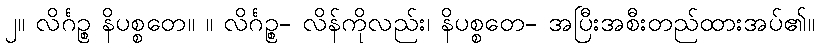
၂။ လိင်္ဂဉ္စ နိပစ္စတေ။ ။ လိင်္ဂဉ္စ- လိန်ကိုလည်း၊ နိပစ္စတေ- အပြီးအစီးတည်ထားအပ်၏။